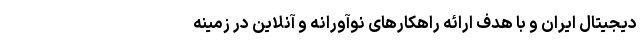
دیجیتال ایران و با هدف ارائه‌ راهکارهای نوآورانه و آنلاین در زمینه